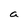
Character: a